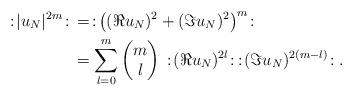
LaTeX: \begin{align*}:\! |u_N |^{2m} \!: \, &= \, :\! \big((\Re u_N)^2 + (\Im u_N)^2\big)^m\!: \, \\& = \sum_{\l = 0}^m \begin{pmatrix}m\\ \l\end{pmatrix} \, :\! (\Re u_N)^{2\l} \!: \, :\! (\Im u_N)^{2(m - \l)}\!:. \end{align*}